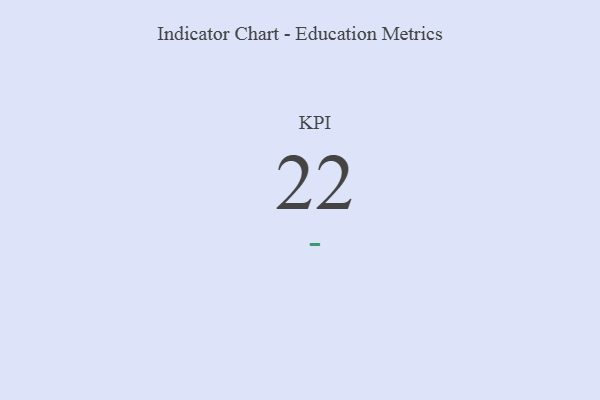
{"axis": {"x": "KPI", "y": "Value"}, "legend": [""], "data": [{"x": "KPI", "y": 22, "type": ""}]}